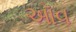
ઑવ